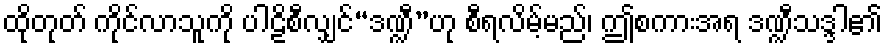
ထိုတုတ် ကိုင်လာသူကို ပါဠိစီလျှင်“ဒဏ္ဍီ”ဟု စီရလိမ့်မည်၊ ဤစကားအရ ဒဏ္ဍီသဒ္ဒါ၏